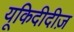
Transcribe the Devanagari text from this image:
यूकिदीदीज़